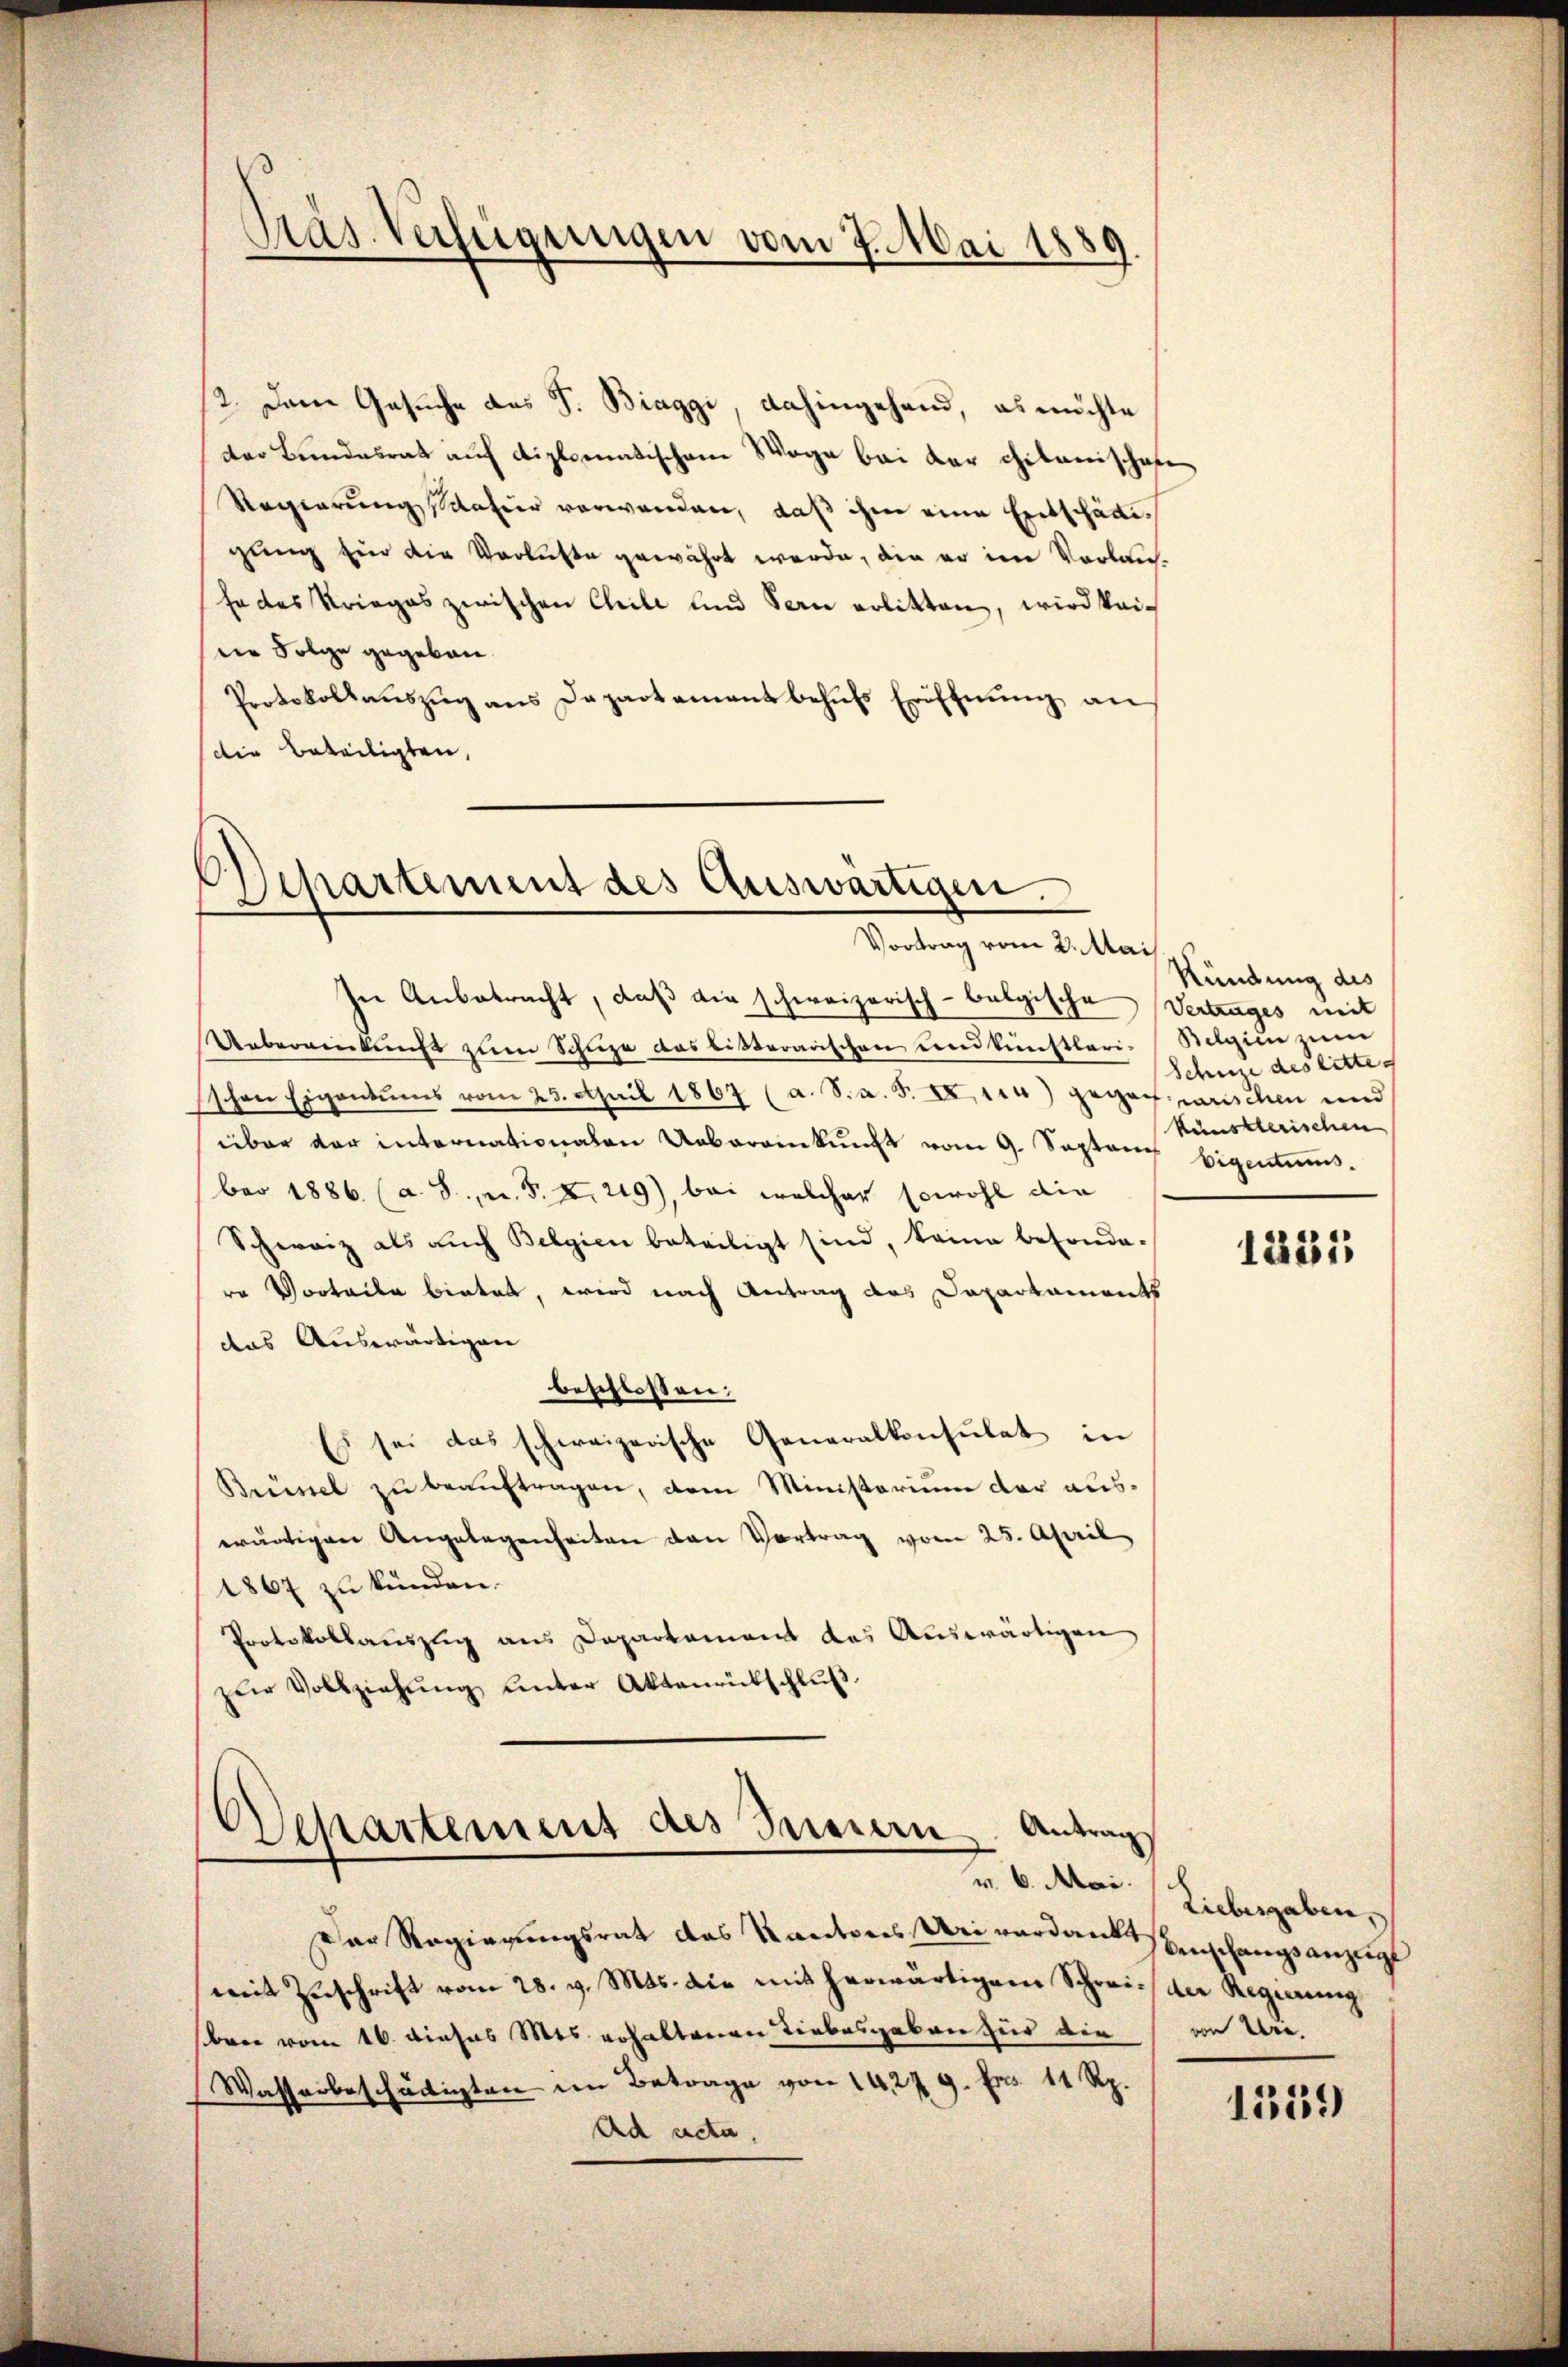
Präs. Verfügungen vom 7. Mai 1889.

2. Dem Gesuche des J. Biaggi, dahingehand, es möchte
der Bundesrath auf diplomatischem Wage bei der citanischafe
Regierungssaatier verwanden, daß ihm eine Entschädigung ein die Verluste gewährt werde, die er im Verlanfe des Krieges zwischen Chile und Sern erlitten, wird keidie Folge gegeben.
Protokollauszug aus Departement behufs Eröffnung an
die Beteiligten,

Departement des Auswärtigen.
Vortrag vom 2. Mai

In Anbetracht, daß die schweizerisch-belgische Vertrages mit
Uebereinkunft zum Schuze das bisterarischen und künstleri-Belgien zum
schen Eigentums vom 23. April 1867 (a. S.a. F. XI. 114) gegenwarischen und
über der internationalen Uebereinkunft vom 9. Septen Eigentums.
ber 1886 (a. S., n. F. X. 219), bei welcher sowohl die
Schweiz als auch Belgien beteiligt sind, keine besonde-
re Vorteile bietet, wird nach Antrag des Dapartaments
das Auswärtigen
beschlossen:
Es sei das schweizerische Generalkonsulat in
Brüssel zu beauftragen, dem Ministorium der auswärtigen Angelegenheiten den Vortrag vom 25. April
1867 zu künden.
Protokollauszug aus Departement das Auswärtigen
zŭr Vollziehŭng ŭnter Aktenrütschlŭβ

Departement des Innern Antrag

Der Regierungsrat das Kantons Uri verdan einschangsanzeigt
mit Zŭschrift vom 28. v. Mts. die mit herwärtigem Schrei- der Regierung
ben vom 16. dieses Mts. erhaltenen Liebesgaben für der
Wasserbeschädigten in Betrage von 1427 9. Fr. 11 Rp.
Ad acta.

Kündung des
Schnze des litte
künstlerischen

1231

v. 6. Mai (Liebesgaben,
von Wie

1559